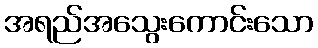
အရည်အသွေးကောင်းသော